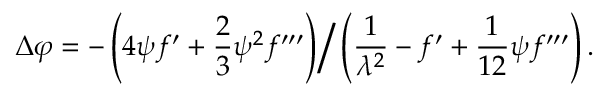
\Delta \varphi = - \left( 4 { \psi } f ^ { \prime } + { \frac { 2 } { 3 } } \psi ^ { 2 } f ^ { \prime \prime \prime } \right) \Big / \left( { \frac { 1 } { \lambda ^ { 2 } } } - f ^ { \prime } + { \frac { 1 } { 1 2 } } { \psi } f ^ { \prime \prime \prime } \right) .